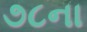
૭૮ના